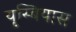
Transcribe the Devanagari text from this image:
यूस्बियास